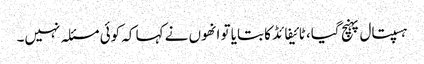
ہسپتال پہنچ گیا، ٹائیفائڈ کا بتایا تو انھوں نے کہا کہ کوئی مسئلہ نہیں۔